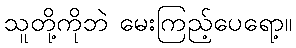
သူတို့ကိုဘဲ မေးကြည့်ပေရော့။